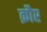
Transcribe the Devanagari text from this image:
क़ौर